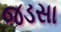
જડસા